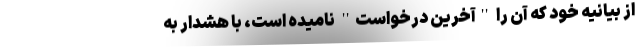
از بیانیه خود که آن را ''آخرین درخواست'' نامیده است، با هشدار به